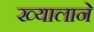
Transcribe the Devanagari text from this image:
ख्यालाने